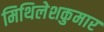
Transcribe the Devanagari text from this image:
मिथिलेशकुमार